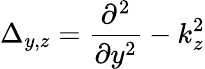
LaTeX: \Delta_{y,z}=\frac{\partial^{2}}{\partial y^{2}}-k_{z}^{2}